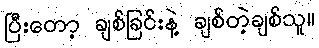
ပြီးတော့ ချစ်ခြင်းနဲ့ ချစ်တဲ့ချစ်သူ။